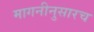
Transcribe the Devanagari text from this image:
मागनीनुसारच